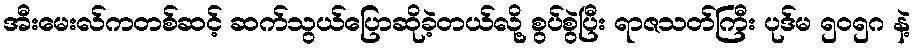
အီးမေးလ်ကတစ်ဆင့် ဆက်သွယ်ပြောဆိုခဲ့တယ်လို့ စွပ်စွဲပြီး ရာဇသတ်ကြီး ပုဒ်မ ၅၀၅ဂ နဲ့